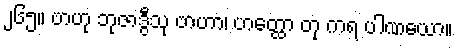
၂၆၅။ ဗာဟု ဘုဇာဒွီသု ဗာဟာ၊ ဟတ္ထော တု ကရ ပါဏယော။